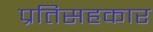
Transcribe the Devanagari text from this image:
प्रतिसहकार